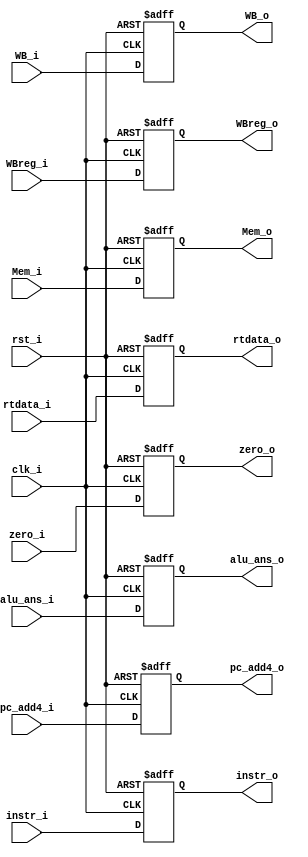
`timescale 1ns/1ps
module EXEMEM_register (
    input clk_i,
    input rst_i,
    input [31:0] instr_i,
    input [2:0] WB_i,
    input [2:0] Mem_i,
    input zero_i,
    input [31:0] alu_ans_i,
    input [31:0] rtdata_i,
    input [4:0] WBreg_i,
    input [31:0] pc_add4_i,

    output reg [31:0] instr_o,
    output reg [2:0] WB_o,
    output reg [2:0] Mem_o,
    output reg zero_o,
    output reg [31:0] alu_ans_o,
    output reg [31:0] rtdata_o,
    output reg [4:0] WBreg_o,
    output reg [31:0] pc_add4_o
);
/* Write your code HERE */
always @(posedge clk_i or negedge rst_i) begin
    if(!rst_i) begin
        instr_o <= 0;
        WB_o <= 0;
        Mem_o <= 0;
        zero_o <= 0;
        alu_ans_o <= 0;
        rtdata_o <= 0;
        WBreg_o <= 0;
        pc_add4_o <= 0;
    end else begin
        instr_o <= instr_i;
        WB_o <= WB_i;
        Mem_o <= Mem_i;
        zero_o <= zero_i;
        alu_ans_o <= alu_ans_i;
        rtdata_o <= rtdata_i;
        WBreg_o <= WBreg_i;
        pc_add4_o <= pc_add4_i;
    end
end
endmodule